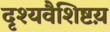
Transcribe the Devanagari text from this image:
दृश्यवैशिष्टय़